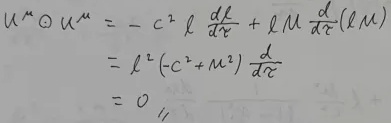
\[
\begin{align*}
u^{\mu} \partial_{\mu} u^{\mu}&=-c^{2} \ell \frac{d \ell}{d \tau}+\ell m \frac{d}{d \tau}(\ell m)\\
&=\ell^{2}\left(-c^{2}+m^{2}\right) \frac{d}{d \tau}\\
&=0
\end{align*}
\]